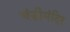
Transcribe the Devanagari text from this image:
चंडीमंदिर